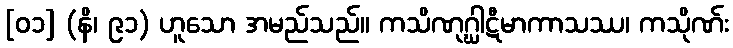
[၀၁] (နိ၊ ၉၁) ဟူသော အမည်သည်။ ကသိဏုဂ္ဃါဋီမာကာသဿ၊ ကသိုဏ်း